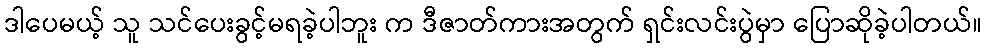
ဒါပေမယ့် သူ သင်ပေးခွင့်မရခဲ့ပါဘူး က ဒီဇာတ်ကားအတွက် ရှင်းလင်းပွဲမှာ ပြောဆိုခဲ့ပါတယ်။